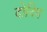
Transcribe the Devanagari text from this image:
दोदिग